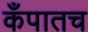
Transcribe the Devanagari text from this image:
कँपातच